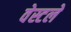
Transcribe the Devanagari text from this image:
वेस्टले